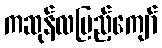
ကဆုန်လပြည့်ကျော်